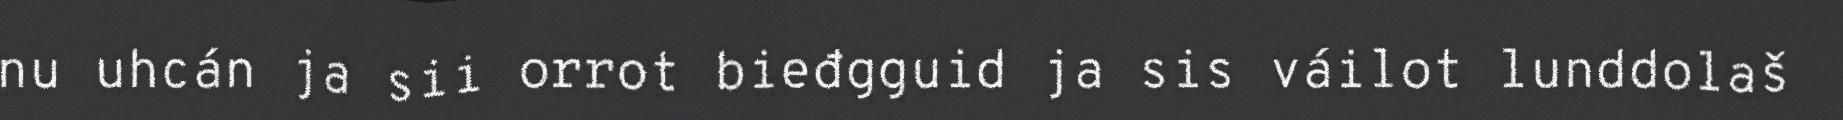
nu uhcán ja sii orrot bieđgguid ja sis váilot lunddolaš